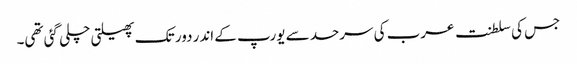
جس کی سلطنت عرب کی سرحد سے یورپ کے اندر دور تک پھیلتی چلی گئی تھی۔